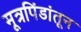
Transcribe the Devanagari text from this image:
मूत्रपिंडांतून